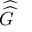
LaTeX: \widehat { \widehat { G } }